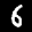
Label: 6